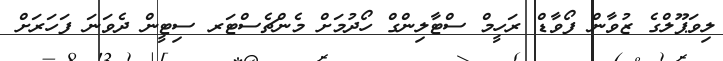
ލިވަޕޫލްގެ ޒުވާން ފޯވާޑް ރަހީމް ސްޓާލިންގް ހޯދުމަށް މެންޗެސްޓަރ ސިޓީން ދެވަނަ ފަހަރަށް